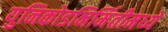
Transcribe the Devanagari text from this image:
युनिकोडनिर्मितीमध्ये